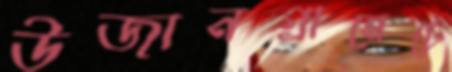
উজানগ্রামেটে